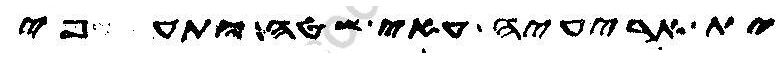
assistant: ית אריעיה עאי שטה ותעפי